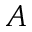
A